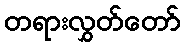
တရားလွှတ်တော်